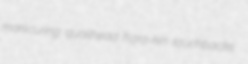
manicuring quailhead hara-kin touchbacks